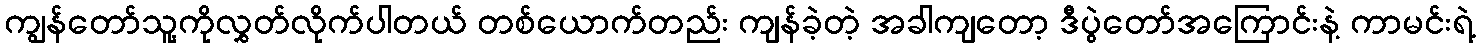
ကျွန်တော်သူ့ကိုလွှတ်လိုက်ပါတယ် တစ်ယောက်တည်း ကျန်ခဲ့တဲ့ အခါကျတော့ ဒီပွဲတော်အကြောင်းနဲ့ ကာမင်းရဲ့